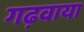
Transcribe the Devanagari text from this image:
गढ़वाया